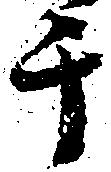
チ